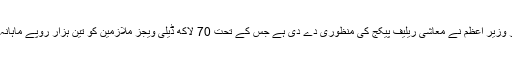
سرکاری سطح پر وزیر اعظم نے معاشی ریلیف پیکج کی منظوری دے دی ہے جس کے تحت 70 لاکھ ڈیلی ویجز ملازمین کو تین ہزار روپے ماہانہ دیئے جائیں گے۔